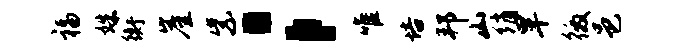
福姝衡崖紫；唯培邦山绡旱徼邑